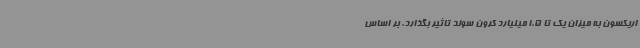
اریکسون به میزان یک تا 1.5 میلیارد کرون سوئد تاثیر بگذارد. بر اساس